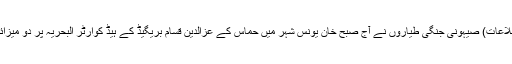
مرکز اطلاعات) صیہونی جنگی طیاروں نے آج صبح خان یونس شہر میں حماس کے عزالدین قسام بریگیڈ کے ہیڈ کوارٹر البحریہ پر دو میزائل داغے۔